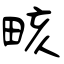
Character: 畡